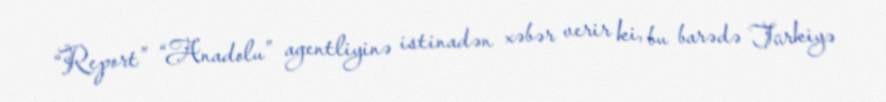
“Report” “Anadolu” agentliyinə istinadən xəbər verir ki, bu barədə Türkiyə